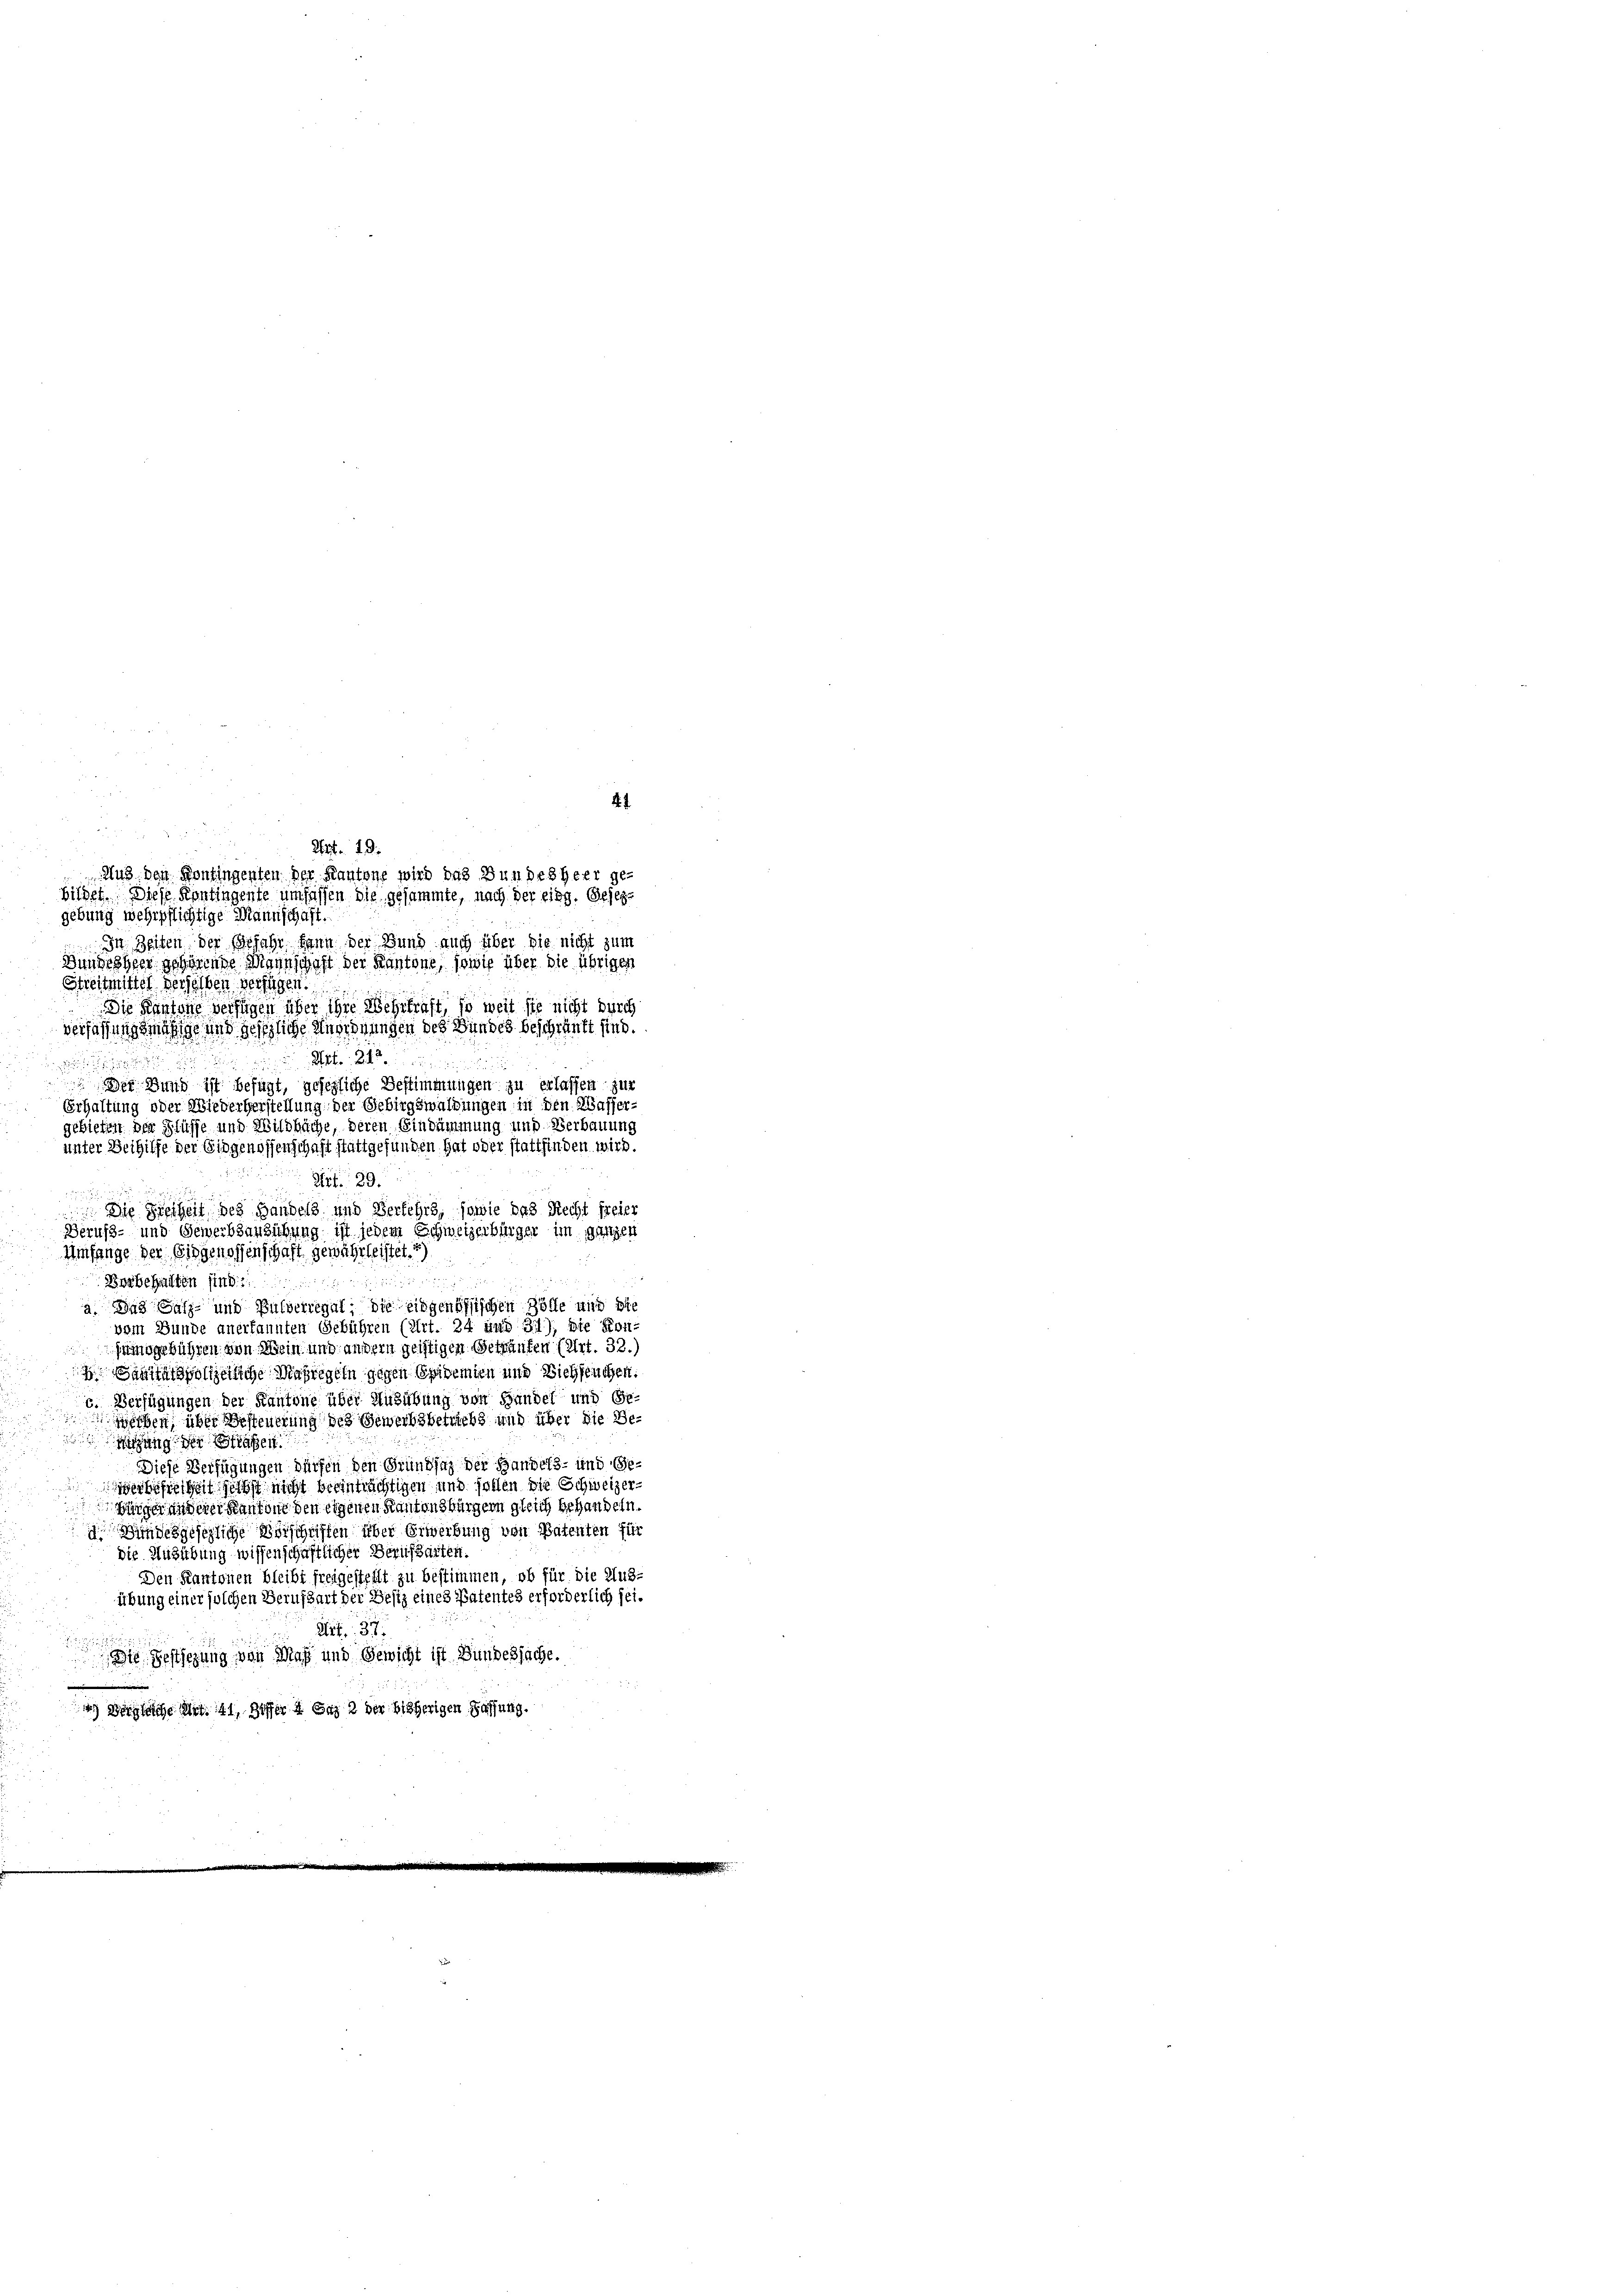
bildet. Diese Kontingente umfassen die gesammte, nach der eing. Gesezgebung wehrpflichtige Mannschaft.
In Zeiten der Gefahr kann der Bund auch über die nicht zum
Bundesheer gehörende Mannschaft der Kantone, sowie über die übrigen
Streitmittel derselben verfügen.
Die Kantone verfügen über ihre Wehrkraft, so weit sie nicht durch
verfassungsmäßige und gesezliche Angehnungen des Bundes beschränkt sind.
A 2

n
 Der Hund ist befügt, gesezliche Bestimmungen zu erlassen zur
Erhaltung oder Wiederherstellung der Gebirgswaldungen in den Wasser-
gebieten der Flüsse und Wildbache, deren Eindämmung und Verbauung
unter Beihilfe der Eidgenossenschaft stattgefunden hat oder stattfinden wird.
Sirt. 29.

 Die Freiheit des Handels und Verkehrs, sowie das Recht freier
Berufs- und Gewerbsarzübung ist jedem Schweizerbürger im ganzen
Umfange der Eidgenossenschaft gewährleistet. *)
ister
Beybehalten sind.
a. Das Salz- und Pulverregal, die eidgenössischen Zölle und bie
vom Bunde anerkannten Gebühren (Art. 24 und 311); die Kon-
nsgebühren von Mein und andern geistigen Geträufen (Art. 32.
polizeiliche Maßregeln gegen Epidemien und Viehseuchen.
c. Verfügungen der Kantone über Ausübung von Handel und Geechen, über Besteuerung des Gewerbsbetriebs und über die Beigung der Strafen
Diese Verfügungen dürfen den Grundsaz der Handels- und Gebesheit sicht nicht beeinträchtigen und sollen die Schweizerbinge anderer Kantone den eigenen Kantonsbürgern gleich behandeln.
d Bindesgesezliche Vorschriften über Erwerbung von Patenten für
die Ausübung wissenschaftlicher Berufsarten.
Den Kantonen bleibt freigestellt zu bestimmen, ob für die Aus-
übung einer solchen Berufsart der Besiz eines Patentes erforderlich sei¬
Art. 37
.
Die Festsezung von Mag und Gewicht ist Bundessache.
2) Vergleiche Art. 41, Ziffer 4 Stz 2 der bisherigen Fassung.

Art. 19.
2143 den Kontingenten der Kantone wird das Bundesheer ge-